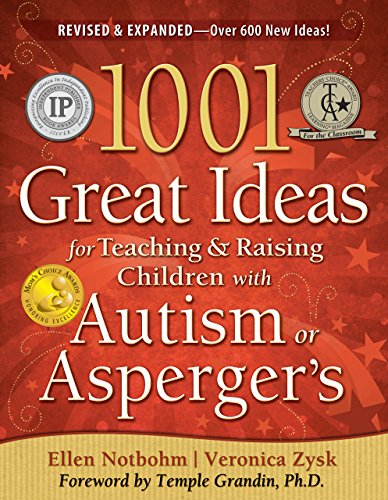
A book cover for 1001 Great Ideas for Teaching and Raising Children with Autism or Asperger's, Revised and Expanded 2nd Edition; Veronica Zysk; Parenting & Relationships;